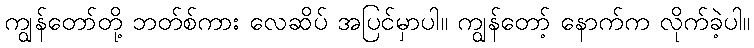
ကျွန်တော်တို့ ဘတ်စ်ကား လေဆိပ် အပြင်မှာပါ။ ကျွန်တော့် နောက်က လိုက်ခဲ့ပါ။